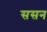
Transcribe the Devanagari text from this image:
ससन